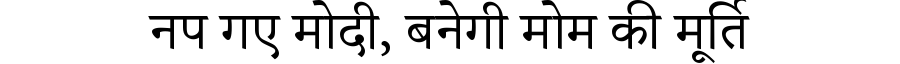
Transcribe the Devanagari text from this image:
नप गए मोदी, बनेगी मोम की मूर्ति